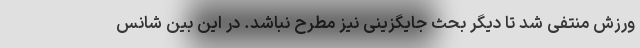
ورزش منتفی شد تا دیگر بحث جایگزینی نیز مطرح نباشد. در این بین شانس